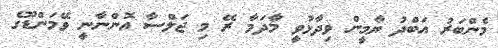
މެންބަރު އަބްދު ޔާމީން ވިދާޅުވީ މާދަމާ ރޭ މި ޖަލްސާ އޮންނާނީ ވޭމަންޑޫގެ